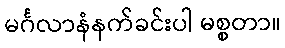
မင်္ဂလာနံနက်ခင်းပါ မစ္စတာ။